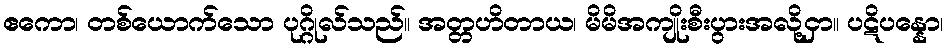
ဧကော၊ တစ်ယောက်သော ပုဂ္ဂိုလ်သည်။ အတ္တဟိတာယ၊ မိမိအကျိုးစီးပွားအလို့ငှာ။ ပဋိပန္နော၊